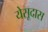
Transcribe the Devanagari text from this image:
येसूदास